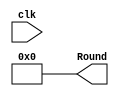
module Counter (clk,Round);
    input  clk;
    output reg [6:0] Round;
    assign Round = 7'b0000000;
always @(posedge clk) 
    begin
         Round = Round + 1;   
    end     
endmodule